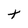
Character: t